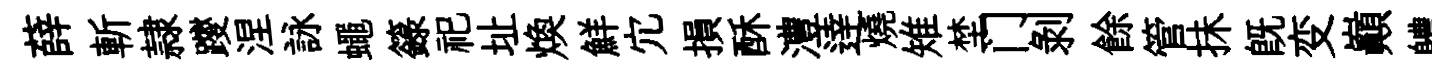
薛斬隷躞涅詠蠅籙祀址焕鮮宂損酥澧逹燒雉埜门剥餘管抺旣变巔軆